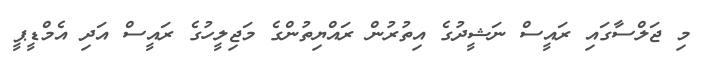
މި ޖަލްސާގައި ރައީސް ނަޝީދުގެ އިތުރުން ރައްޔިތުންގެ މަޖިލީހުގެ ރައީސް އަދި އެމްޑީޕީ